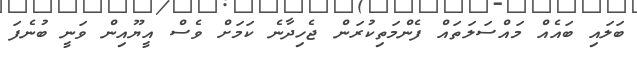
ބަލައި ބައެއް މައްސަލަތައް ފެންމަތިކުރަން ޖެހިދާނެ ކަމަށް ވެސް އީޔޫއިން ވަނީ ބުނެފަ